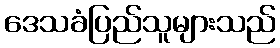
ဒေသခံပြည်သူများသည်